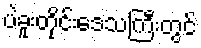
ပဲခူးတိုင်းဒေသကြီးတွင်